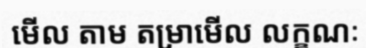
មើល តាម តម្រាមើល លក្ខណៈ